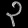
Digit: ၃